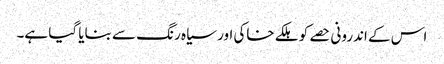
اس کے اندرونی حصے کو ہلکے خاکی اور سیاہ رنگ سے بنایا گیا ہے۔